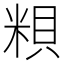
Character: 𥺎